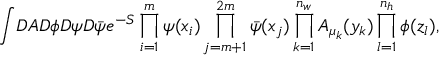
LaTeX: \int \! D A D \phi D \psi D \bar { \psi } e ^ { - S } \prod _ { i = 1 } ^ { m } \psi ( x _ { i } ) \prod _ { j = m + 1 } ^ { 2 m } \bar { \psi } ( x _ { j } ) \prod _ { k = 1 } ^ { n _ { w } } A _ { \mu _ { k } } ( y _ { k } ) \prod _ { l = 1 } ^ { n _ { h } } \phi ( z _ { l } ) ,